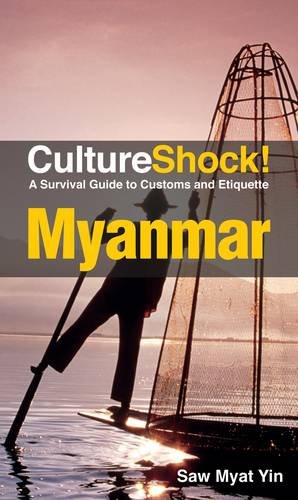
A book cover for CultureShock! Myanmar: A Survival Guide to Customs and Etiquette (Cultureshock Myanmar: A Survival Guide to Customs & Etiquette); Saw Myat Yin; Travel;